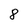
Character: 8